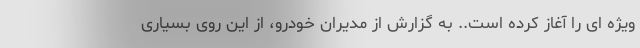
ویژه ای را آغاز کرده است.. به گزارش از مدیران خودرو، از این روی بسیاری